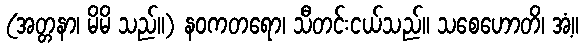
(အတ္တနာ၊ မိမိ သည်။) နဝကတရော၊ သီတင်းငယ်သည်။ သစေဟောတိ၊ အံ့။